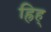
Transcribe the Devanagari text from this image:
ह्रिह्